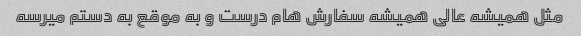
مثل همیشه عالی همیشه سفارش هام درست و به موقع به دستم میرسه